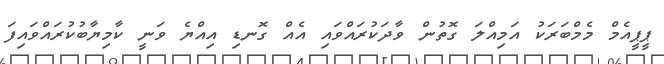
ޕީޕީއެމް މެމްބަރަކު އަމިއްލަ ގޮތުން ވާދަކުރައްވައި އެއް ގޮނޑި އިއްޔެ ވަނީ ކާމިޔާބުކުރައްވައިފަ